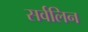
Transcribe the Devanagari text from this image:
सर्वलिन